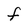
Character: F